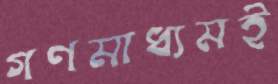
গণমাধ্যমই